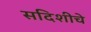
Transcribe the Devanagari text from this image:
सदिशीचे